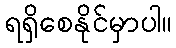
ရရှိစေနိုင်မှာပါ။